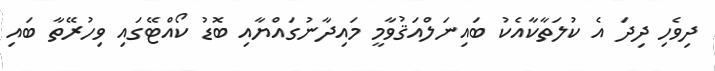
ދިވެހި ދިދަ އެ ކުލަތާކާއެކު ބައިނަލްއަޤުވާމީ މައިދާނުގައްޔާއި ބޮޑު ކޯއްޓޭގައި ވިހުރޭތާ ބައި